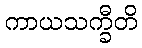
ကာယသက္ခီတိ